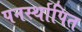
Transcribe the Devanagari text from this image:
पनर्स्थापित